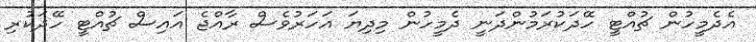
އެދެމީހުން ޗުއްޓީ ހޭދަކުރަމުންދަނީ ދެމީހުން މިދިޔަ އަހަރުވެސް ރާއްޖެ އައިސް ޗުއްޓީ ހޭދަކުރި